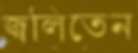
জ্বলিতেন